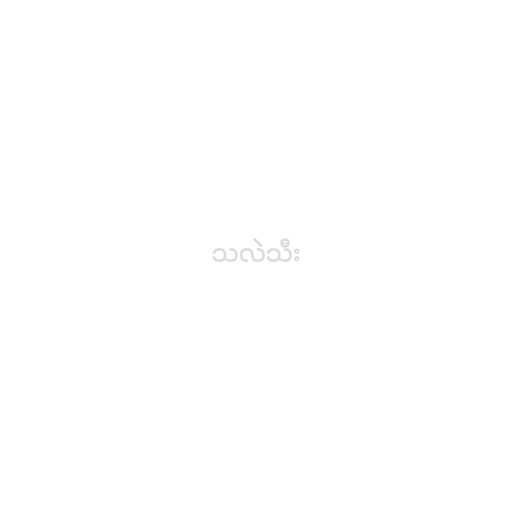
သလဲသီး